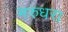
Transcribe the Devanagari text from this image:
मरुधरा